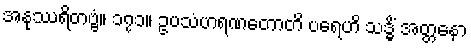
အနုဿရိတဗ္ဗံ။ ၁၇၁။ ဥပသံဟရဏတောတိ ပရေဟိ သဒ္ဓိံ အတ္တနော